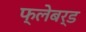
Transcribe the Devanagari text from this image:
फ्लेबर्ड